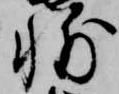
輔